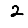
Digit: 2